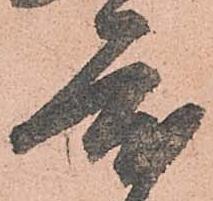
度